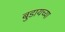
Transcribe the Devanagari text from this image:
बुडायच्या